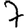
Digit: 7